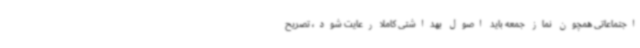
اجتماعاتی همچون نماز جمعه باید اصول بهداشتی کاملا رعایت شود، تصریح